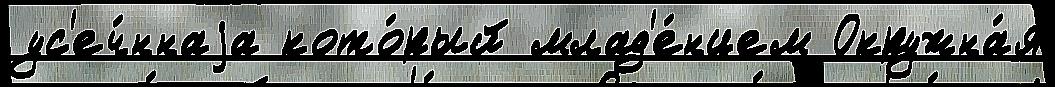
ус'еч́ннаjа кото́рый млад'е́нцем Окружна́я